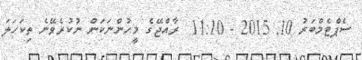
ސެޕްޓެމްބަރު 10